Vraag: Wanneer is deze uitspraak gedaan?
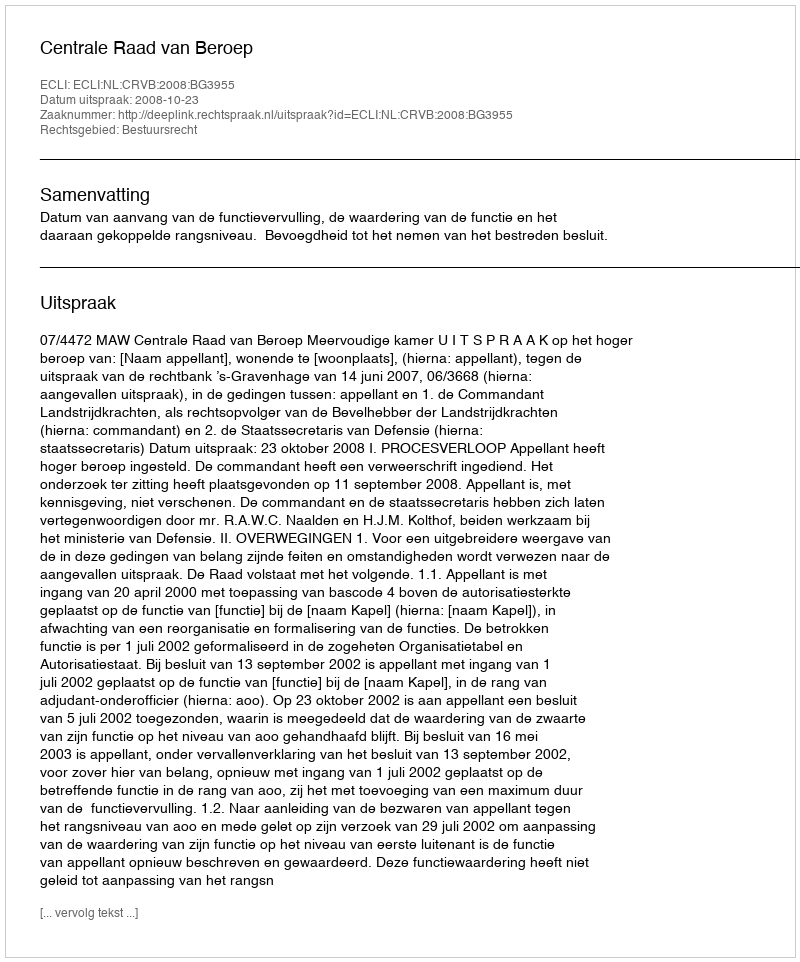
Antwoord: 2008-10-23